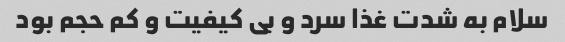
سلام به شدت غذا سرد و بی کیفیت و کم حجم بود